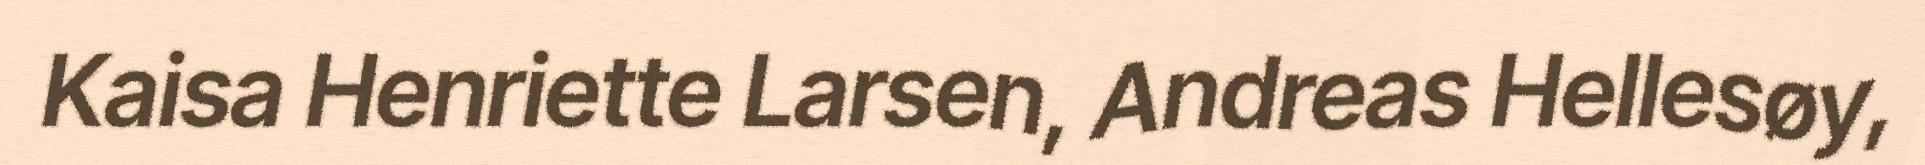
Kaisa Henriette Larsen, Andreas Hellesøy,